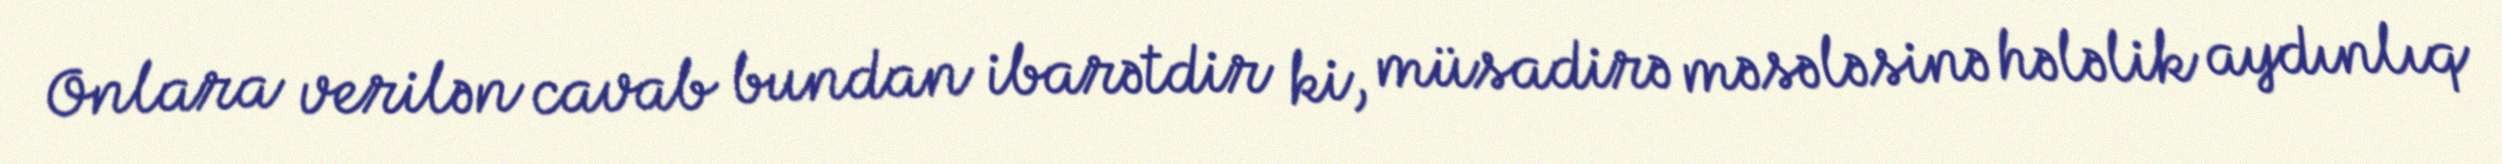
Onlara verilən cavab bundan ibarətdir ki, müsadirə məsələsinə hələlik aydınlıq